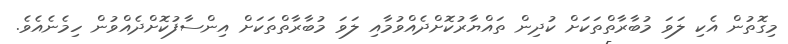
މިގޮތުން އެކި ލަވަ މުބާރާތްތަކަށް ކުދިން ތައްޔާރުކޮށްދެއްވުމާއި ލަވަ މުބާރާތްތަކަށް އިންސާފުކޮށްދެއްވުން ހިމެނެއެވެ.